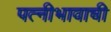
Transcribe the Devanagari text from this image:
पत्नीभावाची